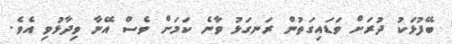
ބޭފުޅަކު ދުރަށް ވަޑައިގަތުން ރަނގަޅު ވާނެ ކަމަށް ވެސް އޭނާ ވިދާޅުވި އެވެ.